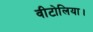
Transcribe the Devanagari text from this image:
वीटोलिया।